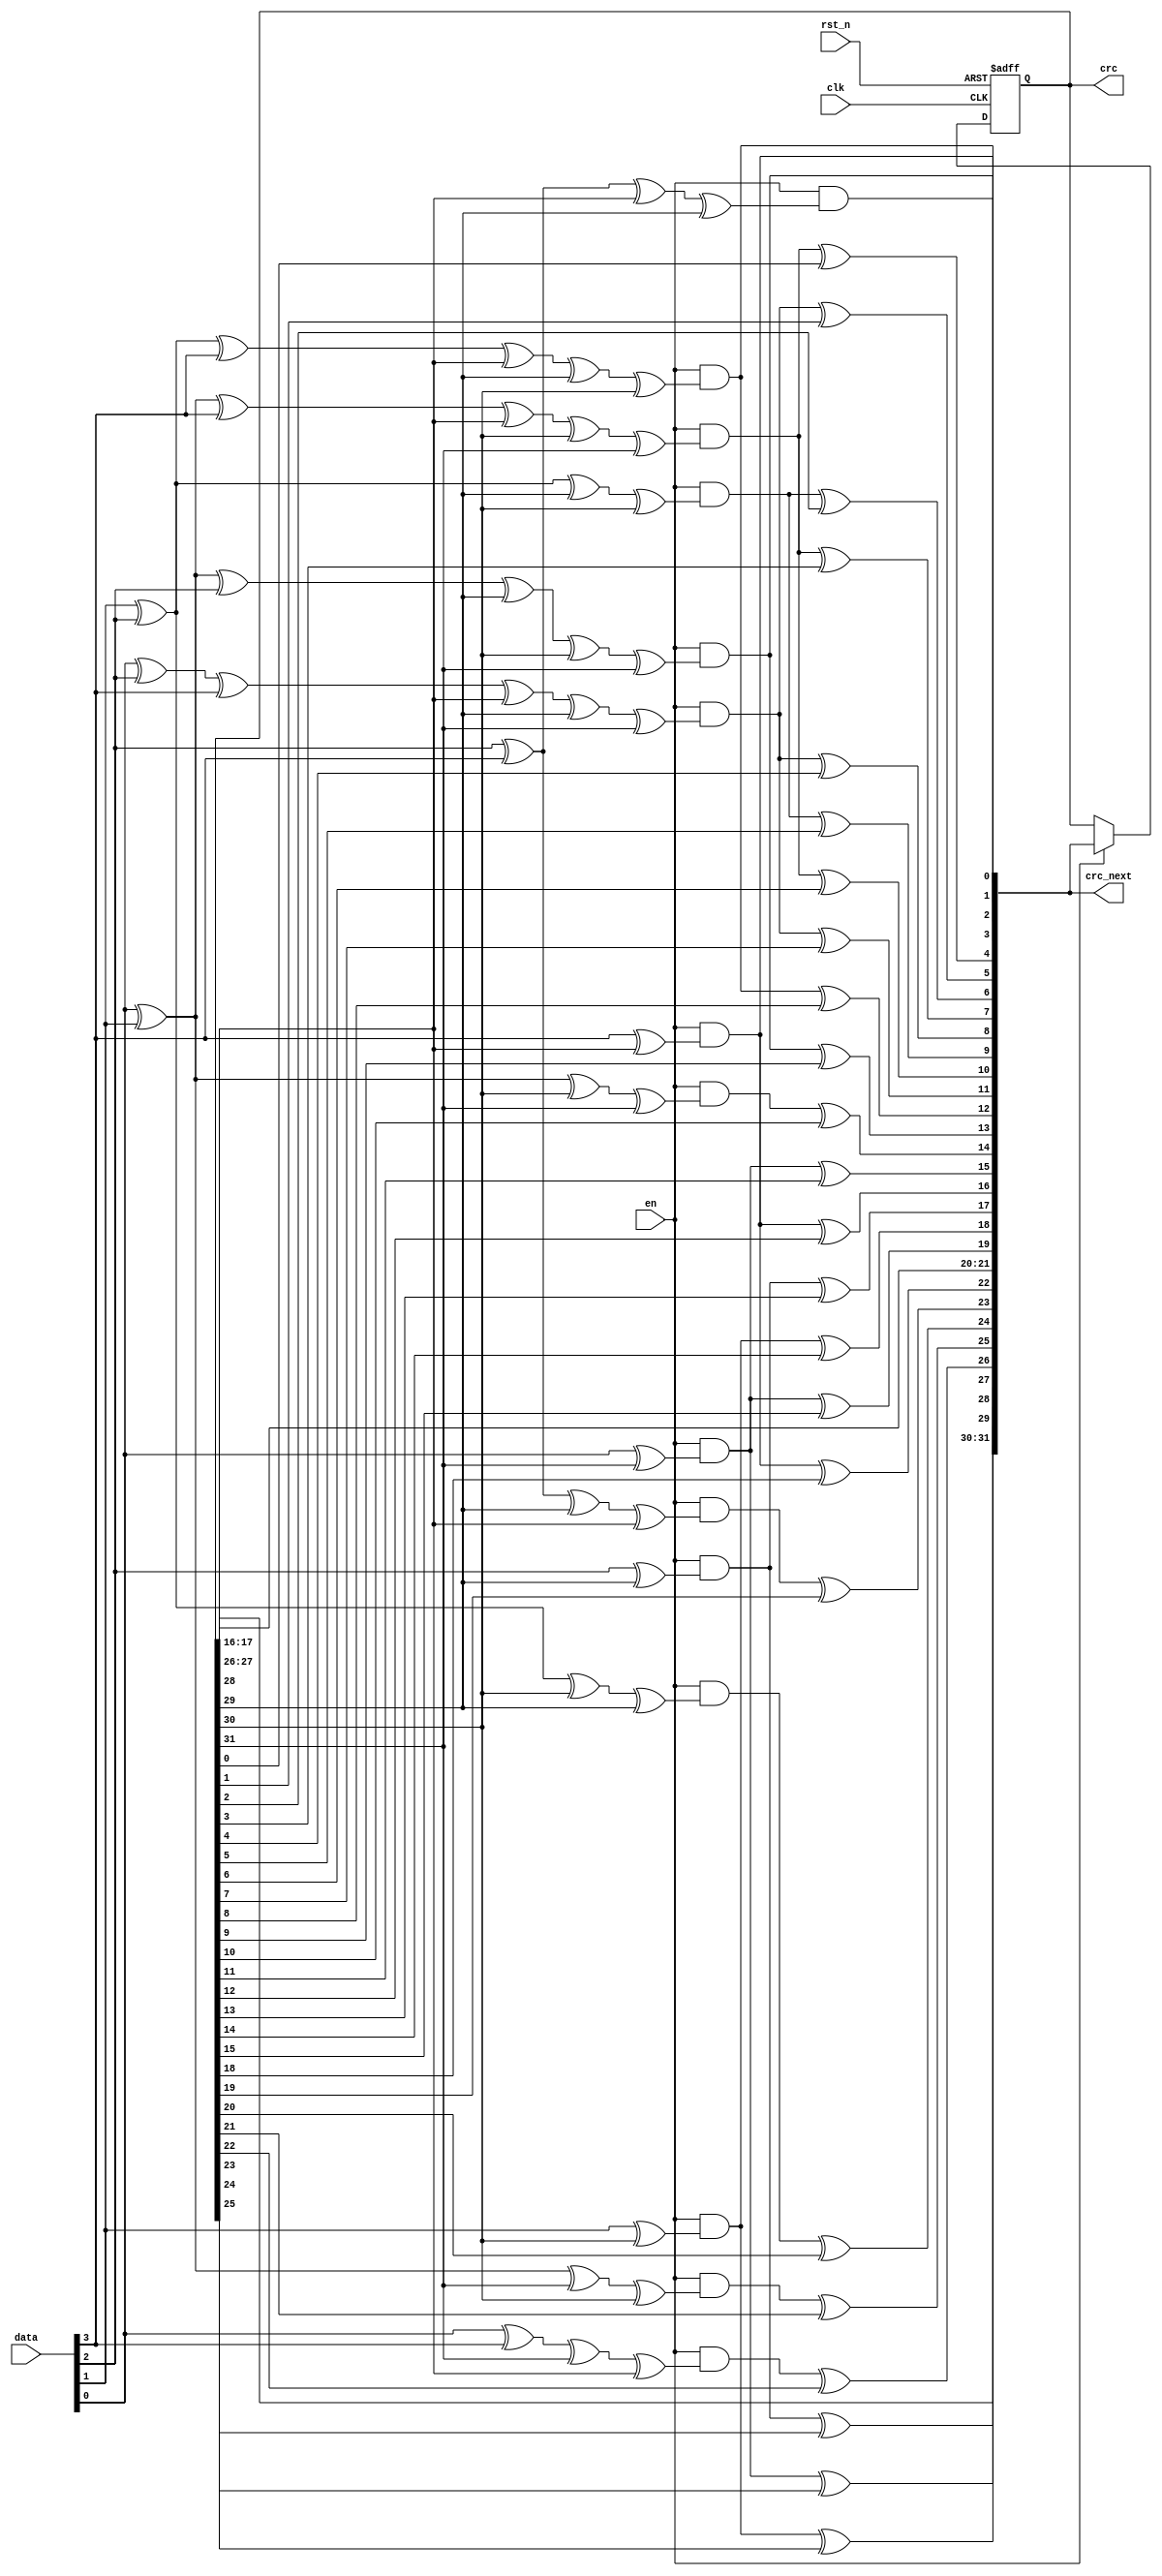
module crc (clk, rst_n, data, en, crc,crc_next);

input clk;
input rst_n;
input [0:3] data;
input en;

output reg [31:0] crc;
output [31:0] crc_next;
//wire [31:0] crc_next;
//output reg [31:0] crc_next1;
assign crc_next[0] = en & (data[0] ^ crc[28]); 
assign crc_next[1] = en & (data[1] ^ data[0] ^ crc[28] ^ crc[29]); 
assign crc_next[2] = en & (data[2] ^ data[1] ^ data[0] ^ crc[28] ^ crc[29] ^ crc[30]); 
assign crc_next[3] = en & (data[3] ^ data[2] ^ data[1] ^ crc[29] ^ crc[30] ^ crc[31]); 
assign crc_next[4] = (en & (data[3] ^ data[2] ^ data[0] ^ crc[28] ^ crc[30] ^ crc[31])) ^ crc[0]; 
assign crc_next[5] = (en & (data[3] ^ data[1] ^ data[0] ^ crc[28] ^ crc[29] ^ crc[31])) ^ crc[1]; 
assign crc_next[6] = (en & (data[2] ^ data[1] ^ crc[29] ^ crc[30])) ^ crc[ 2]; 
assign crc_next[7] = (en & (data[3] ^ data[2] ^ data[0] ^ crc[28] ^ crc[30] ^ crc[31])) ^ crc[3]; 
assign crc_next[8] = (en & (data[3] ^ data[1] ^ data[0] ^ crc[28] ^ crc[29] ^ crc[31])) ^ crc[4]; 
assign crc_next[9] = (en & (data[2] ^ data[1] ^ crc[29] ^ crc[30])) ^ crc[5]; 
assign crc_next[10] = (en & (data[3] ^ data[2] ^ data[0] ^ crc[28] ^ crc[30] ^ crc[31])) ^ crc[6]; 
assign crc_next[11] = (en & (data[3] ^ data[1] ^ data[0] ^ crc[28] ^ crc[29] ^ crc[31])) ^ crc[7]; 
assign crc_next[12] = (en & (data[2] ^ data[1] ^ data[0] ^ crc[28] ^ crc[29] ^ crc[30])) ^ crc[8]; 
assign crc_next[13] = (en & (data[3] ^ data[2] ^ data[1] ^ crc[29] ^ crc[30] ^ crc[31])) ^ crc[9]; 
assign crc_next[14] = (en & (data[3] ^ data[2] ^ crc[30] ^ crc[31])) ^ crc[10]; 
assign crc_next[15] = (en & (data[3] ^ crc[31])) ^ crc[11]; 
assign crc_next[16] = (en & (data[0] ^ crc[28])) ^ crc[12]; 
assign crc_next[17] = (en & (data[1] ^ crc[29])) ^ crc[13]; 
assign crc_next[18] = (en & (data[2] ^ crc[30])) ^ crc[14]; 
assign crc_next[19] = (en & (data[3] ^ crc[31])) ^ crc[15]; 
assign crc_next[20] = crc[16]; 
assign crc_next[21] = crc[17]; 
assign crc_next[22] = (en & (data[0] ^ crc[28])) ^ crc[18]; 
assign crc_next[23] = (en & (data[1] ^ data[0] ^ crc[29] ^ crc[28])) ^ crc[19]; 
assign crc_next[24] = (en & (data[2] ^ data[1] ^ crc[30] ^ crc[29])) ^ crc[20]; 
assign crc_next[25] = (en & (data[3] ^ data[2] ^ crc[31] ^ crc[30])) ^ crc[21]; 
assign crc_next[26] = (en & (data[3] ^ data[0] ^ crc[31] ^ crc[28])) ^ crc[22]; 
assign crc_next[27] = (en & (data[1] ^ crc[29])) ^ crc[23]; 
assign crc_next[28] = (en & (data[2] ^ crc[30])) ^ crc[24]; 
assign crc_next[29] = (en & (data[3] ^ crc[31])) ^ crc[25]; 
assign crc_next[30] = crc[26]; 
assign crc_next[31] = crc[27]; 

//------------------------------
wire n_clk=~clk;
always @ (posedge clk or negedge rst_n)
begin
	if (~rst_n)
		crc <={32{1'b1}};
	else 	
	begin
		crc <=en?crc_next:crc;
		//crc_next1<=crc_next;
	end
end

/* always @ (negedge clk)
begin
	if (en)
		crc_next1<=crc_next;
	else
		crc_next1<=crc_next1;
end */

endmodule